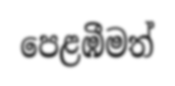
පෙළඹීමත්